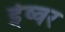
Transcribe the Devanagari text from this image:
ईष्वर